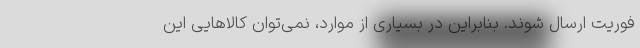
فوریت ارسال شوند. بنابراین در بسیاری از موارد، نمی‌توان کالاهایی این